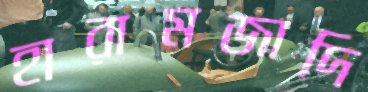
হারামজাদি